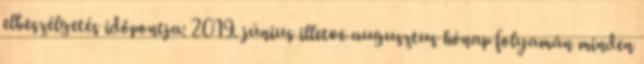
elbeszélgetés időpontja: 2019. június illetve augusztus hónap folyamán minden